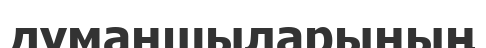
думаншыларының